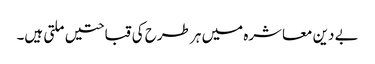
بے دین معاشرہ میں ہر طرح کی قباحتیں ملتی ہیں۔